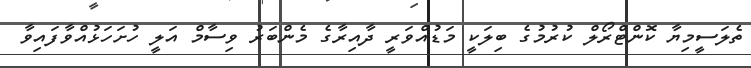
ތެލަސީމިޔާ ކޮންޓްރޯލް ކުރުމުގެ ބިލަކީ މަޑުއްވަރީ ދާއިރާގެ މެންބަރު ވިސާމް އަލީ ހުށަހަޅުއްވާފައިވާ